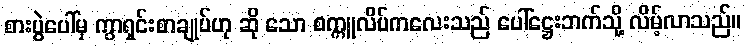
စားပွဲပေါ်မှ ကွာရှင်းစာချုပ်ဟု ဆို သော စက္ကူလိပ်ကလေးသည် ပေါ်ဋ္ဌေးဘက်သို့ လိမ့်လာသည်။